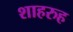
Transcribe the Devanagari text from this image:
शाहरुह